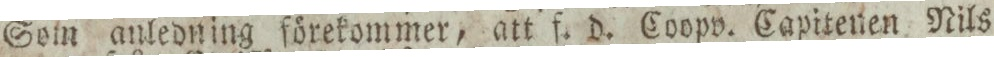
Sein anledning förekommer, att f. d. Coopv. Capitenen Nils